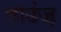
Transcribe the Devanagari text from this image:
लाउंज़